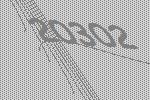
20302